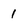
Character: 1